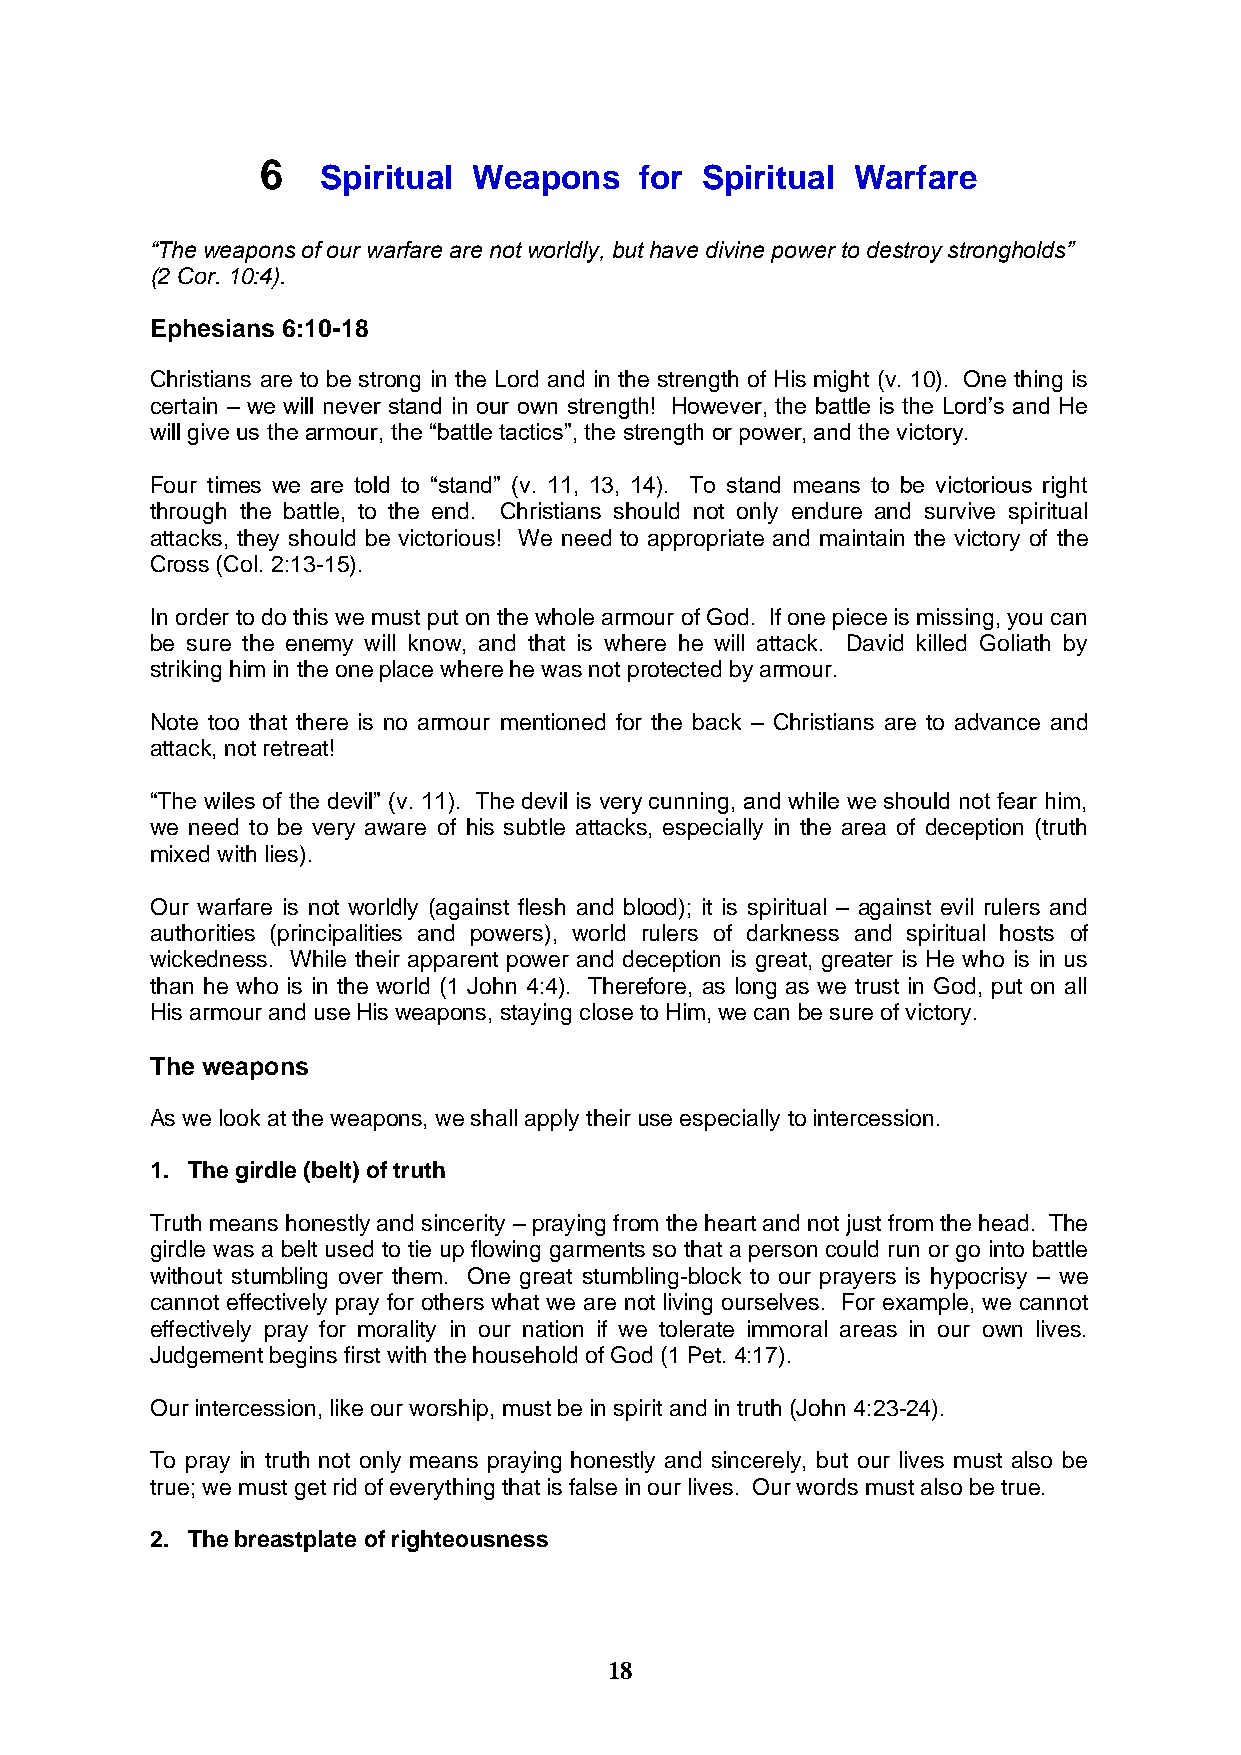
6
 Spiritual Weapons    for Spiritual Warfare
 “The weapons of our warfare are not worldly, but have divine power to destroy strongholds”
 (2 Cor. 10:4).
 Ephesians 6:10-18
 Christians are to be strong in the Lord and in the strength of His might (v. 10). One thing is
 certain – we will never stand in our own strength! However, the battle is the Lord’s and He
 will give us the armour, the “battle tactics”, the strength or power, and the victory.
 Four times we are told to “stand” (v. 11, 13, 14). To stand means to be victorious right
 through the battle, to the end. Christians should not only endure and survive spiritual
 attacks, they should be victorious! We need to appropriate and maintain the victory of the
 Cross (Col. 2:13-15).
 In order to do this we must put on the whole armour of God. If one piece is missing, you can
 be sure the enemy will know, and that is where he will attack. David killed Goliath by
 striking him in the one place where he was not protected by armour.
 Note too that there is no armour mentioned for the back – Christians are to advance and
 attack, not retreat!
 “The wiles of the devil” (v. 11). The devil is very cunning, and while we should not fear him,
 we need to be very aware of his subtle attacks, especially in the area of deception (truth
 mixed with lies).
 Our warfare is not worldly (against flesh and blood); it is spiritual – against evil rulers and
 authorities (principalities and powers), world rulers of darkness and spiritual hosts of
 wickedness. While their apparent power and deception is great, greater is He who is in us
 than he who is in the world (1 John 4:4). Therefore, as long as we trust in God, put on all
 His armour and use His weapons, staying close to Him, we can be sure of victory.
 The weapons
 As we look at the weapons, we shall apply their use especially to intercession.
 1. The girdle (belt) of truth
 Truth means honestly and sincerity – praying from the heart and not just from the head. The
 girdle was a belt used to tie up flowing garments so that a person could run or go into battle
 without stumbling over them. One great stumbling-block to our prayers is hypocrisy – we
 cannot effectively pray for others what we are not living ourselves. For example, we cannot
 effectively pray for morality in our nation if we tolerate immoral areas in our own lives.
 Judgement begins first with the household of God (1 Pet. 4:17).
 Our intercession, like our worship, must be in spirit and in truth (John 4:23-24).
 To pray in truth not only means praying honestly and sincerely, but our lives must also be
 true; we must get rid of everything that is false in our lives. Our words must also be true.
 2. The breastplate of righteousness
 18